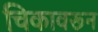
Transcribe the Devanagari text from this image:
चिकावरून